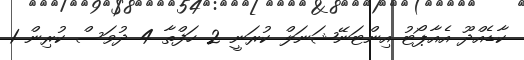
ކާޑެއްދޫ އެއާޕޯޓު އިންޓަނޭޝަނަލް ކުރަނީ 2 ހަފްތާ 4 ދުވަސް ކުރިން 1